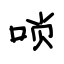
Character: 唢